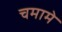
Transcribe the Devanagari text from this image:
चमामे